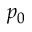
p _ { 0 }